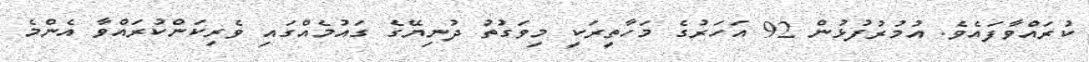
ކުރައްވާފައެވެ. އުމުރުފުޅުން 92 އަހަރުގެ މަހާތީރަކީ މިވަގުތު ދުނިޔޭގެ ގައުމެއްގައި ވެރިކަންކުރައްވާ އެންމެ